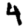
Digit: 4